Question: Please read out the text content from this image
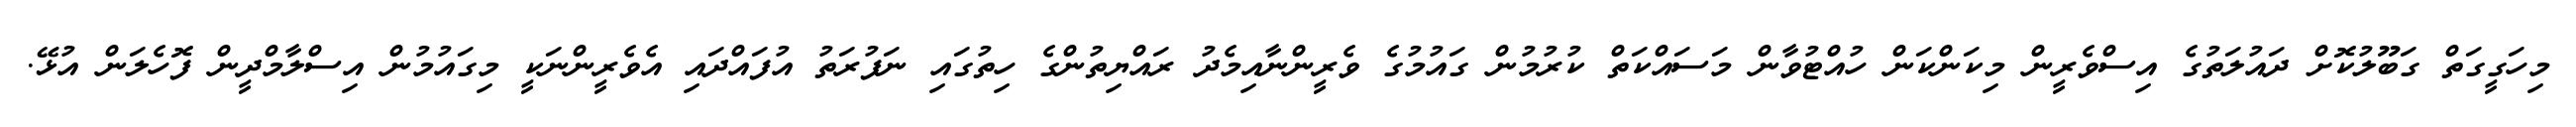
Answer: މިހަގީގަތް ގަބޫލުކޮށް ދައުލަތުގެ އިސްވެރީން މިކަންކަން ހުއްޓުވާން މަސައްކަތް ކުރުމުން ގައުމުގެ ވެރީންނާއިމެދު ރައްޔިތުންގެ ހިތުގައި ނަފުރަތު އުފައްދައި އެވެރީންނަކީ މިގައުމުން އިސްލާމްދީން ފޮހެލަން އުޅޭ.